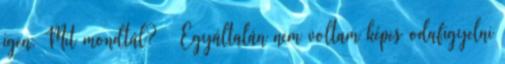
igen. Mit mondtál? – Egyáltalán nem voltam képes odafigyelni